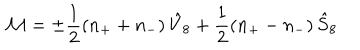
{ \cal M } = \pm \frac { 1 } { 2 } ( n _ { + } + n _ { - } ) \, \hat { V } _ { 8 } + \frac { 1 } { 2 } ( n _ { + } - n _ { - } ) \, \hat { S } _ { 8 }